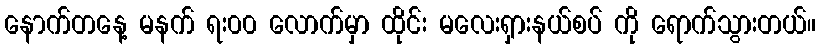
နောက်တနေ့ မနက် ရး၀၀ လောက်မှာ ထိုင်း မလေးရှားနယ်စပ် ကို ရောက်သွားတယ်။